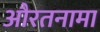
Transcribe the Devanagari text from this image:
औरतनामा